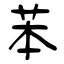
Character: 苯